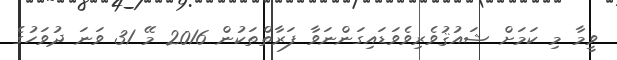
ވީމާ މި ކަމަށް ޝައުޤުވެރިވެވަޑައިގަންނަވާ ފަރާތްތަކުން 2016 މޭ 31 ވަނަ ދުވަހުގެ